Report on vaccination for the Province of Oudh 1872 -
Year: 1872
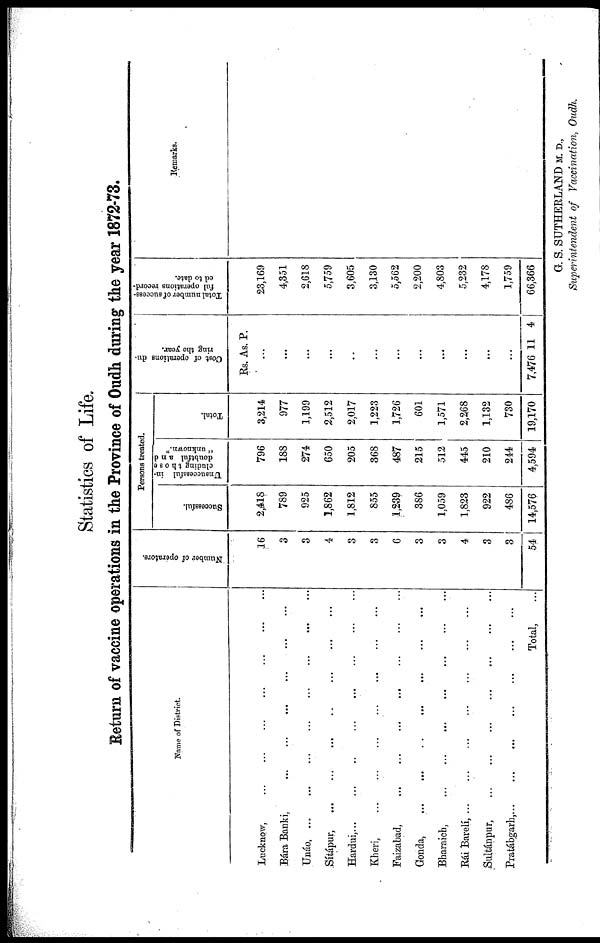
Statistics of Life.
Return of vaccine operations in the Province of Oudh during the year 1872-73.
Name of District.
Lucknow, ... ... ... ... ... ... ...
Bára Banki,
...
...
...
...
...
...
Unáo,
...
...
...
...
...
...
...
...
Sítápur,
...
...
...
...
...
...
...
Hardui,...
...
...
...
...
...
...
Kheri,
...
...
...
...
...
...
...
Faizabad,
...
...
...
...
...
...
...
Gonda,
...
...
...
...
...
...
...
Bharaich,
...
...
...
...
...
...
...
Rái
Barelí,...
...
...
...
...
...
...
Sultánpur,
...
...
...
...
...
...
...
Pratábgarh,
...
...
...
...
...
...
...
Total, ...
Number of operators.
16
3
3
4
3
3
6
3
3
4
3
3
54
Persons treated.
Successful.
2,418
789
925
1,862
1,812
855
1,239
386
1,059
1,823
922
486
14,576
Unsuccessful in-
cluding those
doubtful and
" unknown."
796
188
274
650
205
368
487
215
512
445
210
244
4,594
Total.
3,214
977
1,199
2,512
2,017
1,223
1,726
601
1,571
2,268
1,132
730
19,170
Cost of operations du-
ring the year.
Rs. As. P.
...
...
...
...
...
...
...
...
...
...
...
...
7,476 11 4
Total number of success-
ful operations record-
ed to date.
23,169
4,351
2,618
5,759
3,605
3,130
5,562
2,200
4,803
5,232
4,178
1,759
66,366
Remarks.
G. S. SUTHERLAND M. D.,
Superintendent of Vaccination, Oudh.